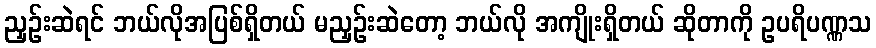
ညှဉ်းဆဲရင် ဘယ်လိုအပြစ်ရှိတယ် မညှဉ်းဆဲတော့ ဘယ်လို အကျိုးရှိတယ် ဆိုတာကို ဥပရိပဏ္ဏသ